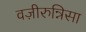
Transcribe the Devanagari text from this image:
वज़ीरुन्निसा